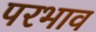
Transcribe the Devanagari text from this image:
परभाव